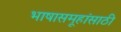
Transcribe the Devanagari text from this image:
भाषासमूहांसाठी